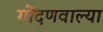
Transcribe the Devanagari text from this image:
गोंदणवाल्या